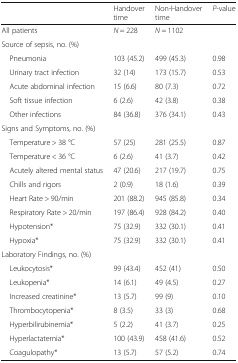
<table><thead><tr><td></td><td><b>Handover time</b></td><td><b>Non-Handover time</b></td><td><b><i>P</i>-value</b></td></tr></thead><tbody><tr><td>All patients</td><td><i>N</i> = 228</td><td><i>N</i> = 1102</td><td></td></tr><tr><td colspan="4">Source of sepsis, no. (%)</td></tr><tr><td> Pneumonia</td><td>103 (45.2)</td><td>499 (45.3)</td><td>0.98</td></tr><tr><td> Urinary tract infection</td><td>32 (14)</td><td>173 (15.7)</td><td>0.53</td></tr><tr><td> Acute abdominal infection</td><td>15 (6.6)</td><td>80 (7.3)</td><td>0.72</td></tr><tr><td> Soft tissue infection</td><td>6 (2.6)</td><td>42 (3.8)</td><td>0.38</td></tr><tr><td> Other infections</td><td>84 (36.8)</td><td>376 (34.1)</td><td>0.43</td></tr><tr><td colspan="4">Signs and Symptoms, no. (%)</td></tr><tr><td> Temperature &gt; 38 °C</td><td>57 (25)</td><td>281 (25.5)</td><td>0.87</td></tr><tr><td> Temperature &lt; 36 °C</td><td>6 (2.6)</td><td>41 (3.7)</td><td>0.42</td></tr><tr><td> Acutely altered mental status</td><td>47 (20.6)</td><td>217 (19.7)</td><td>0.75</td></tr><tr><td> Chills and rigors</td><td>2 (0.9)</td><td>18 (1.6)</td><td>0.39</td></tr><tr><td> Heart Rate &gt; 90/min</td><td>201 (88.2)</td><td>945 (85.8)</td><td>0.34</td></tr><tr><td> Respiratory Rate &gt; 20/min</td><td>197 (86.4)</td><td>928 (84.2)</td><td>0.40</td></tr><tr><td> Hypotension*</td><td>75 (32.9)</td><td>332 (30.1)</td><td>0.41</td></tr><tr><td> Hypoxia*</td><td>75 (32.9)</td><td>332 (30.1)</td><td>0.41</td></tr><tr><td colspan="4">Laboratory Findings, no. (%)</td></tr><tr><td> Leukocytosis*</td><td>99 (43.4)</td><td>452 (41)</td><td>0.50</td></tr><tr><td> Leukopenia*</td><td>14 (6.1)</td><td>49 (4.5)</td><td>0.27</td></tr><tr><td> Increased creatinine*</td><td>13 (5.7)</td><td>99 (9)</td><td>0.10</td></tr><tr><td> Thrombocytopenia*</td><td>8 (3.5)</td><td>33 (3)</td><td>0.68</td></tr><tr><td> Hyperbilirubinemia*</td><td>5 (2.2)</td><td>41 (3.7)</td><td>0.25</td></tr><tr><td> Hyperlactatemia*</td><td>100 (43.9)</td><td>458 (41.6)</td><td>0.52</td></tr><tr><td> Coagulopathy*</td><td>13 (5.7)</td><td>57 (5.2)</td><td>0.74</td></tr></tbody></table>